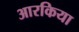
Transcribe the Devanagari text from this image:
आरकिया